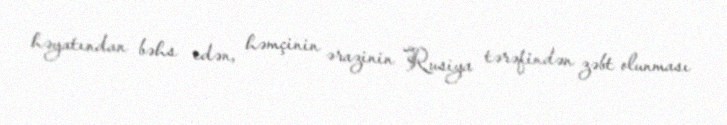
həyatından bəhs edən, həmçinin ərazinin Rusiya tərəfindən zəbt olunması